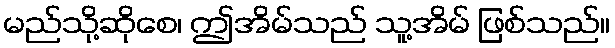
မည်သို့ဆိုစေ၊ ဤအိမ်သည် သူ့အိမ် ဖြစ်သည်။